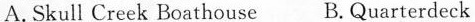
A. Skull Creek Boathouse B.Quarterdeck